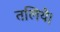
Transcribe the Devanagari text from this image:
तलिये।